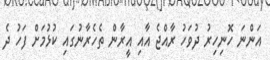
އަންނަ ހޮނިހިރު ދުވަހު ރާއްޖެ އާއި އީރާން ތެހެރާނުގައި ކުޅުމަށް ފަހު ދެ